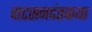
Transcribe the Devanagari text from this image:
वाटसनदंतकथा